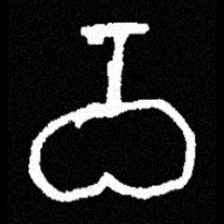
Pyu character \u2014 Myanmar letter: ဝ (romanized: wa)